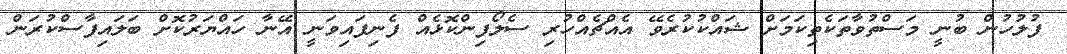
ފުލުހުން ބުނީ މަސްތުވާތަކެތިކަމަށް ޝައްކުކުރެވޭ އެއްޗެއްހުރި ސެލޯފިންކޮޅެއް ފެނިފައިވަނީ އޭނާ ހައްޔަރުކޮށް ބަލައިފާސްކުރަން